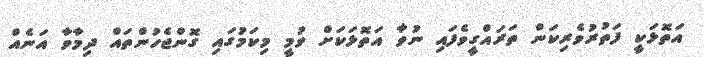
އަތޮޅަކީ ފަތުރުވެރިކަން ތަރައްގީވެފައި ނުވާ އަތޮޅަކަށް ވުމީ މިކަމުގައި ގޮންޖެހުންތައް ދިމާވާ އަނެއް